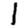
Digit: 1